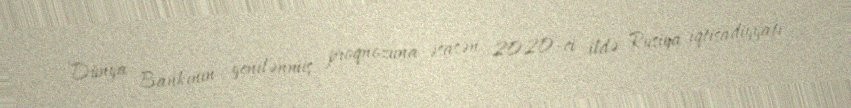
Dünya Bankının yenilənmiş proqnozuna əsasən, 2020-ci ildə Rusiya iqtisadiyyatı